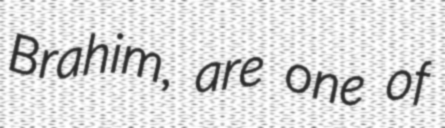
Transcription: Brahim, are one of